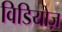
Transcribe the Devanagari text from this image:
विडियोज़